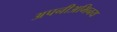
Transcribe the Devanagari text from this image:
अपनीअभिनय